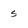
Character: s